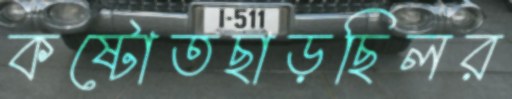
কষ্টোতছাড়ছিলর